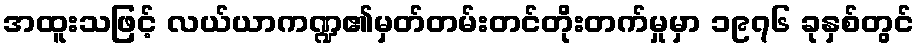
အထူးသဖြင့် လယ်ယာကဏ္ဍ၏မှတ်တမ်းတင်တိုးတက်မှုမှာ ၁၉၇၆ ခုနှစ်တွင်